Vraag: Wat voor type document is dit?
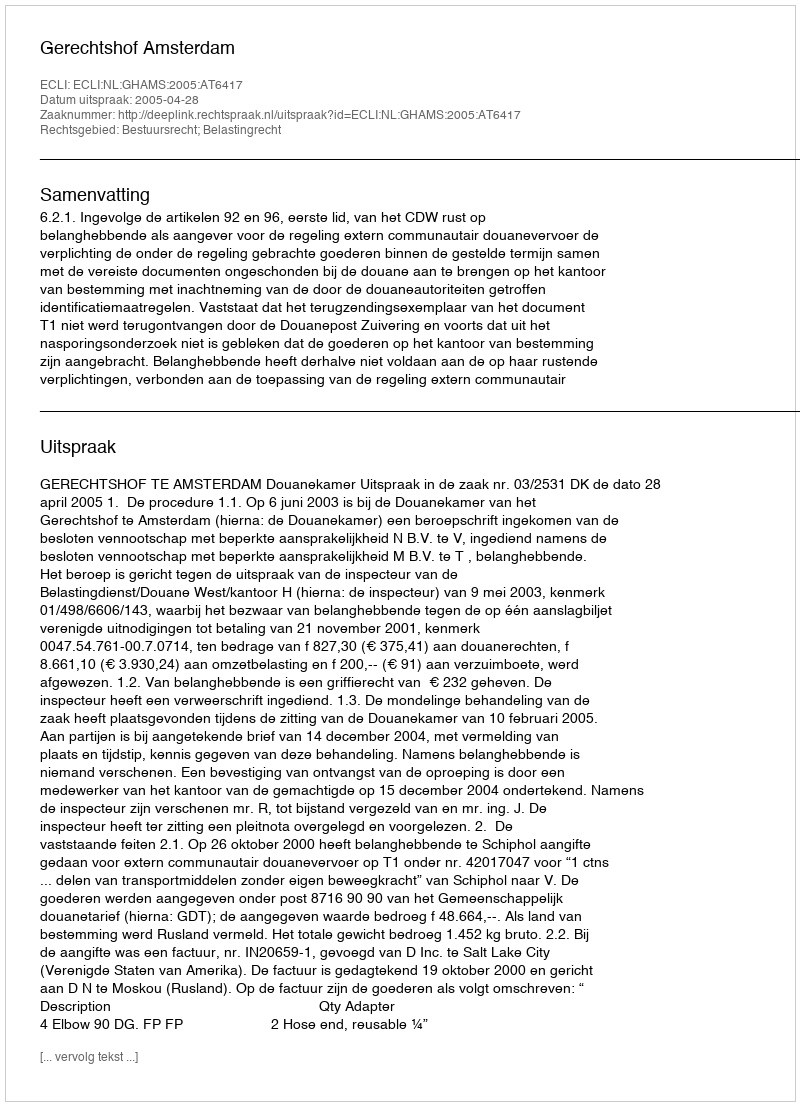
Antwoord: Uitspraak